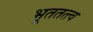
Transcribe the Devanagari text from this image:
भूततत्त्व